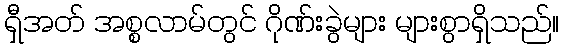
ရှီအတ် အစ္စလာမ်တွင် ဂိုဏ်းခွဲများ များစွာရှိသည်။